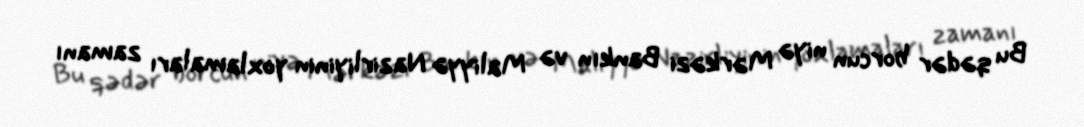
Bu qədər borcun niyə Mərkəzi Bankın və Maliyyə Nazirliyinin yoxlamaları zamanı